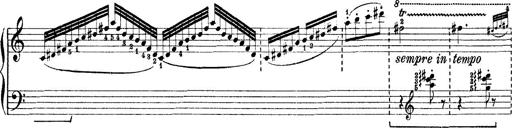
Title: Rapsodie: 19 ungheresi, 1 spagnuola
Composer: Franz Liszt